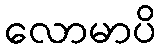
လောမာပိ